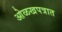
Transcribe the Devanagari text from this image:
ओळखपत्रात